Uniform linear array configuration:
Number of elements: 16
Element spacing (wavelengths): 0.75
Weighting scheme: hamming
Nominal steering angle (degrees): -30
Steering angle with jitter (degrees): -30.942
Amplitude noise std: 0.05
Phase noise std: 0.05

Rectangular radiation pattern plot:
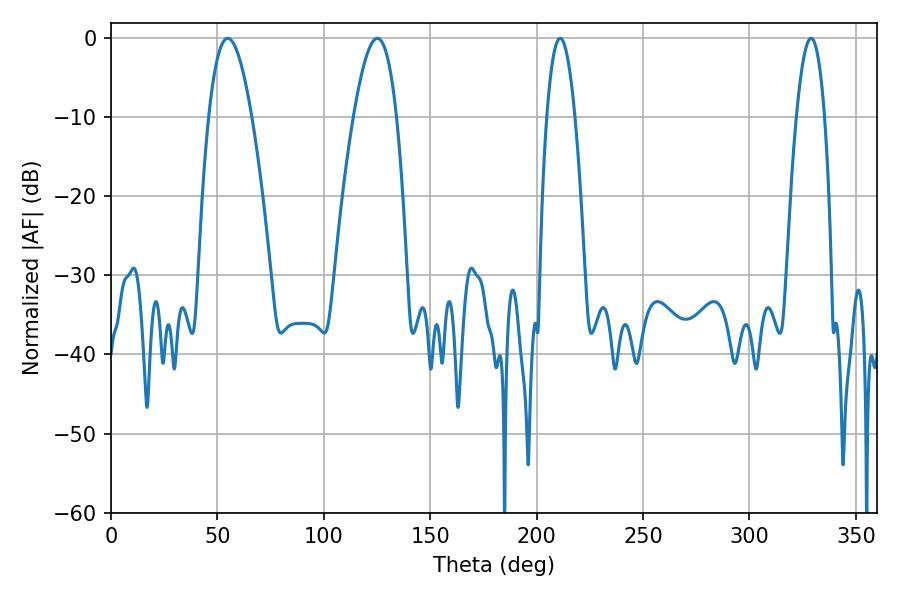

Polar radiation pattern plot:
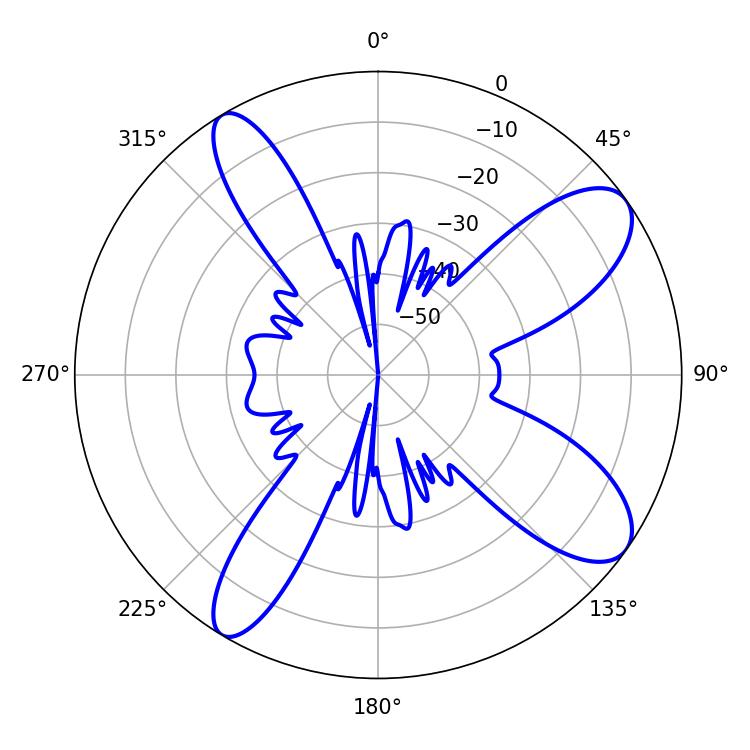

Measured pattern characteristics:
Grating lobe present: TRUE
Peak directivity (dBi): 10.007
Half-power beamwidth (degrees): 10.98
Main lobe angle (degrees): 54.9